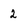
Character: 2